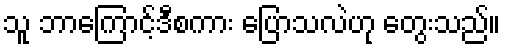
သူ ဘာကြောင့်ဒီစကား ပြောသလဲဟု တွေးသည်။